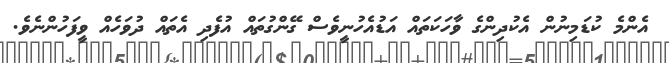
އެންމެ ކުޑަމިނުން އެކުދިންގެ ވާހަކަތައް އަޑުއެހުނީވެސް ގޭންގުތައް އުފެދި އެތައް ދުވަހެއް ވީފަހުންނެވެ.